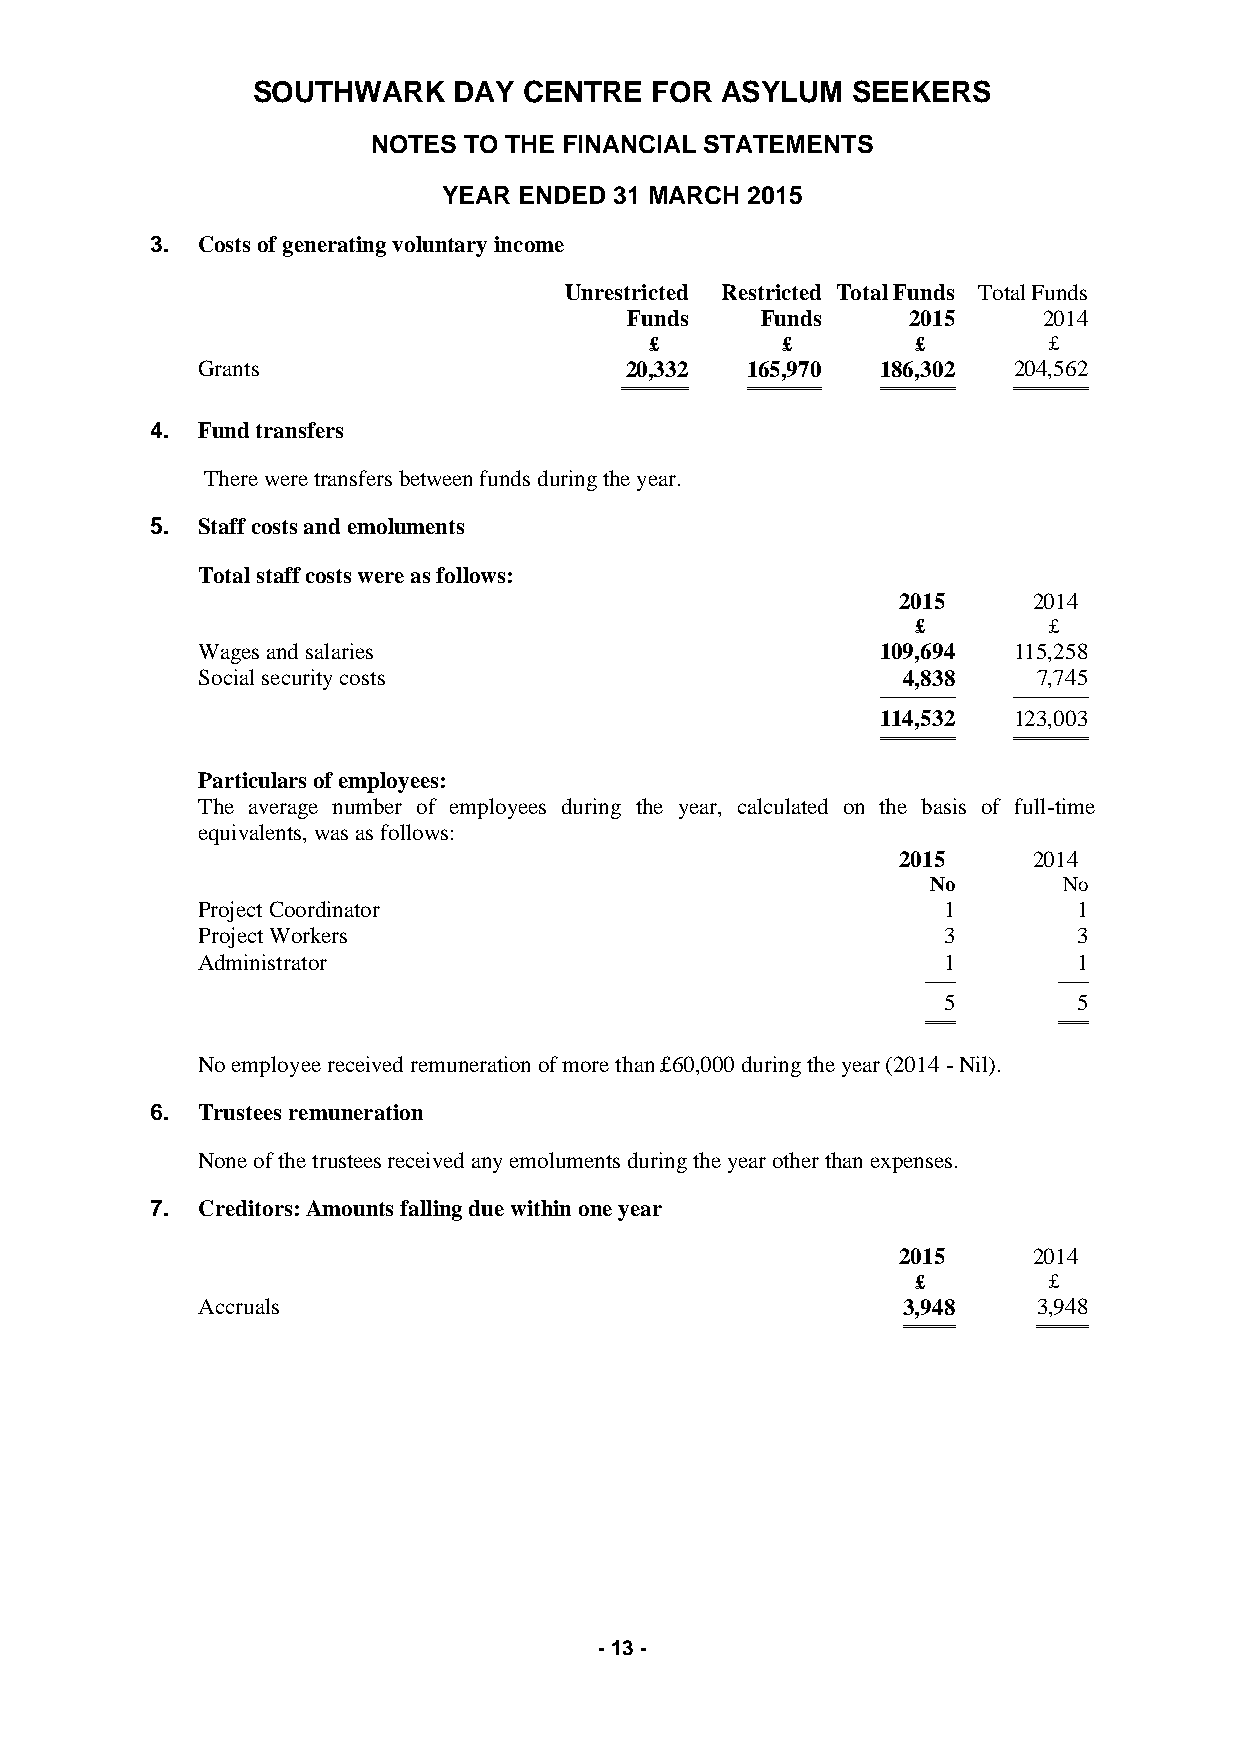
SOUTHWARK    DAY  CENTRE  FOR  ASYLUM  SEEKERS
 NOTES TO THE FINANCIAL STATEMENTS
 YEAR ENDED  31 MARCH 2015
 3. Costs of generating voluntary income
 Unrestricted Restricted Total Funds Total Funds
 Funds   Funds     2015     2014
 £        £        £       £
 Grants                      20,332  165,970  186,302  204,562
 ═════════ ══════════ ══════════ ══════════
 4. Fund transfers
 There were transfers between funds during the year.
 5. Staff costs and emoluments
 Total staff costs were as follows:
 2015    2014
 £       £
 Wages and salaries                           109,694  115,258
 Social security costs                          4,838    7,745
 ────────── ──────────
 114,532  123,003
 ══════════ ══════════
 Particulars of employees:
 The average number of employees during the year, calculated on the basis of full-time
 equivalents, was as follows:
 2015    2014
 No      No
 Project Coordinator                              1        1
 Project Workers                                  3        3
 Administrator                                    1        1
 ────     ────
 5        5
 ════     ════
 No employee received remuneration of more than £60,000 during the year (2014 - Nil).
 6. Trustees remuneration
 None of the trustees received any emoluments during the year other than expenses.
 7. Creditors: Amounts falling due within one year
 2015    2014
 £       £
 Accruals                                       3,948    3,948
 ═══════  ═══════
 - 13 -